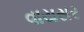
વાયસર